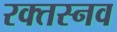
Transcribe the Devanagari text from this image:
रक्तस्नव